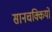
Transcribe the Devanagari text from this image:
सानचक्कियों